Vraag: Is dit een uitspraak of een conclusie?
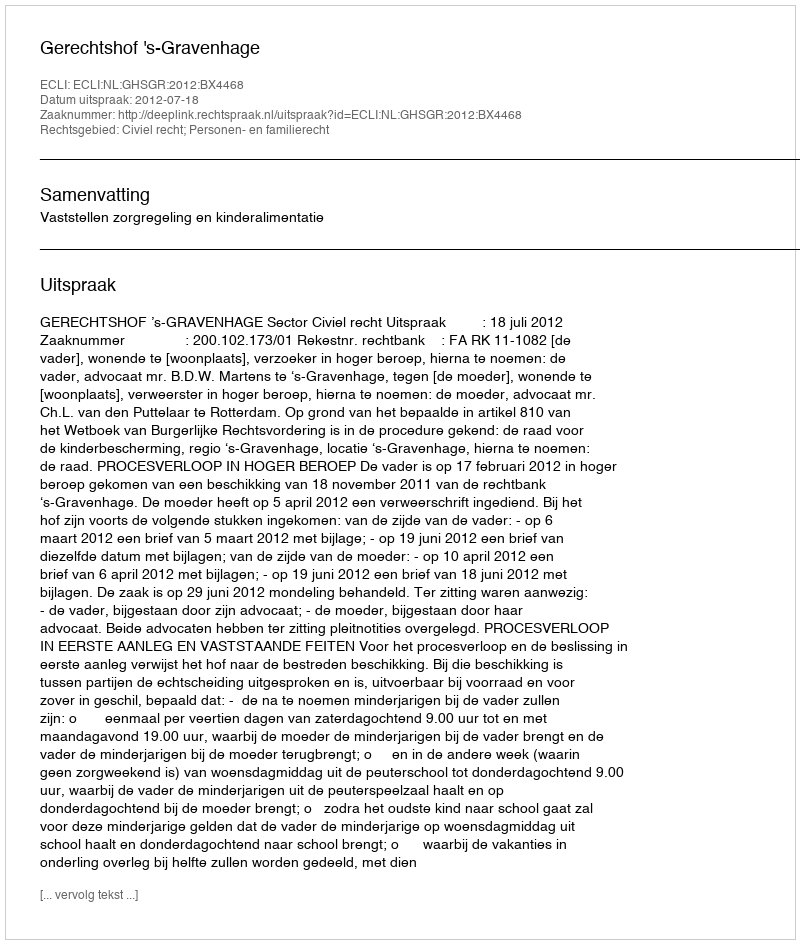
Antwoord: Uitspraak